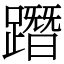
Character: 𨅔